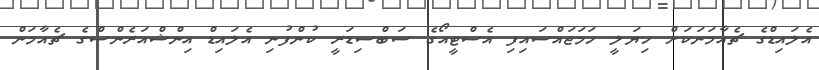
އެލައިޑްގެ ޗެއާމަނަކަށް ހިޔަލީ ހަމަޖައްސައިފި އެސްޓީއޯގެ ސަބްސިޑަރީ ކުންފުނި އެލައިޑް އިންޝްއަރެންސްގެ ޗެއާމަން